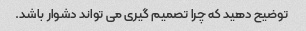
توضیح دهید که چرا تصمیم گیری می تواند دشوار باشد.